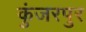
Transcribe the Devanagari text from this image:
कुंजरपुर